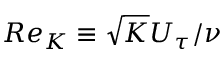
R e _ { K } \equiv \sqrt { K } U _ { \tau } / \nu